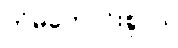
ကံမကောင်းစွာပဲ၊